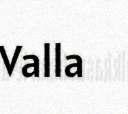
Valla